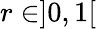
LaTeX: r\in]0,1[